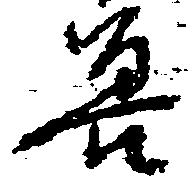
善